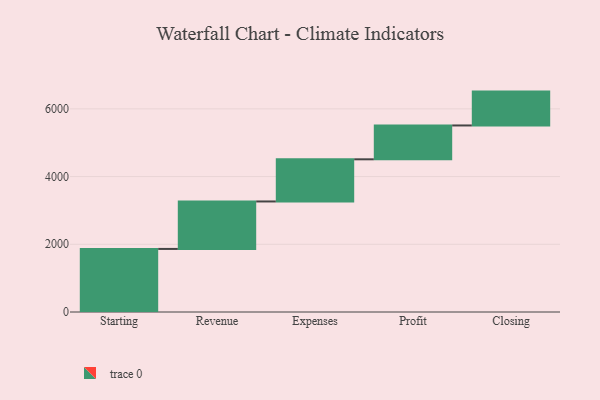
{"axis": {"x": "Step", "y": "Value"}, "legend": [""], "data": [{"x": "Starting", "y": 1863.0, "type": ""}, {"x": "Revenue", "y": 1402.0, "type": ""}, {"x": "Expenses", "y": 1245.0, "type": ""}, {"x": "Profit", "y": 1000, "type": ""}, {"x": "Closing", "y": 1000, "type": ""}]}